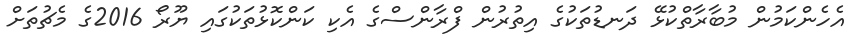
އެހެންކަމުން މުބާރާތްކުޅޭ ދަނޑުތަކުގެ އިތުރުން ފްރާންސްގެ އެކި ކަންކޮޅުތަކުގައި ޔޫރޯ 2016ގެ މެޗުތަށް